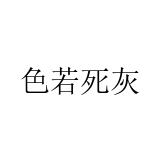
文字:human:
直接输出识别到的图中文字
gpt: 色若死灰